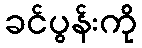
ခင်ပွန်းကို